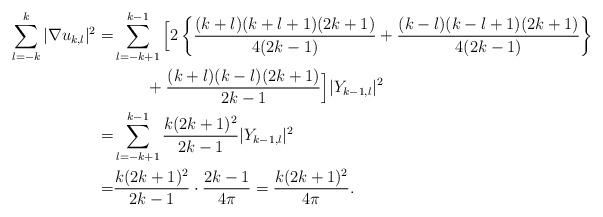
LaTeX: \begin{align*}\sum_{l=-k}^k |\nabla u_{k, l}|^2=& \sum_{l=-k+1}^{k-1} \Big[ 2\left\{\frac{(k+l)(k+l+1)(2k+1)}{4(2k-1)}+\frac{(k-l)(k-l+1)(2k+1)}{4(2k-1)} \right\} \\&\quad\quad+\frac{(k+l)(k-l)(2k+1)}{2k-1}\Big]|Y_{k-1, l}|^2 \\=& \sum_{l=-k+1}^{k-1} \frac{k(2k+1)^2}{2k-1}|Y_{k-1, l}|^2 \\=& \frac{k(2k+1)^2}{2k-1} \cdot \frac{2k-1}{4\pi} =\frac{k(2k+1)^2}{4\pi}.\end{align*}